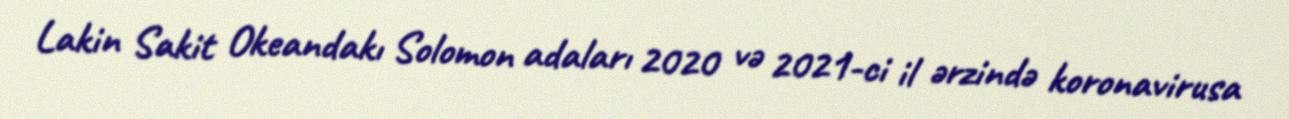
Lakin Sakit Okeandakı Solomon adaları 2020 və 2021-ci il ərzində koronavirusa